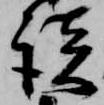
談